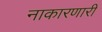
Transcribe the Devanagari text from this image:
नाकारणारी